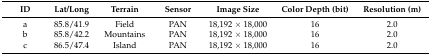
| ID | Lat/Long | Terrain | Sensor | Image Size | Color Depth (bit) | Resolution (m) |
 | --- | --- | --- | --- | --- | --- | --- |
 | a | 85.8/41.9 | Field | PAN | 18,192 × 18,000 | 16 | 2.0 |
 | b | 85.8/42.2 | Mountains | PAN | 18,192 × 18,000 | 16 | 2.0 |
 | c | 86.5/47.4 | Island | PAN | 18,192 × 18,000 | 16 | 2.0 |